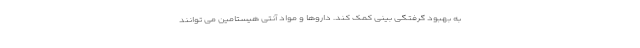
به بهبود گرفتگی بینی کمک کند. داروها و مواد آنتی هیستامین می توانند